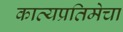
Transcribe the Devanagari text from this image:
काव्यप्रतिमेचा